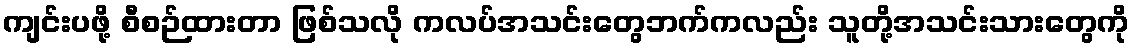
ကျင်းပဖို့ စီစဉ်ထားတာ ဖြစ်သလို ကလပ်အသင်းတွေဘက်ကလည်း သူတို့အသင်းသားတွေကို